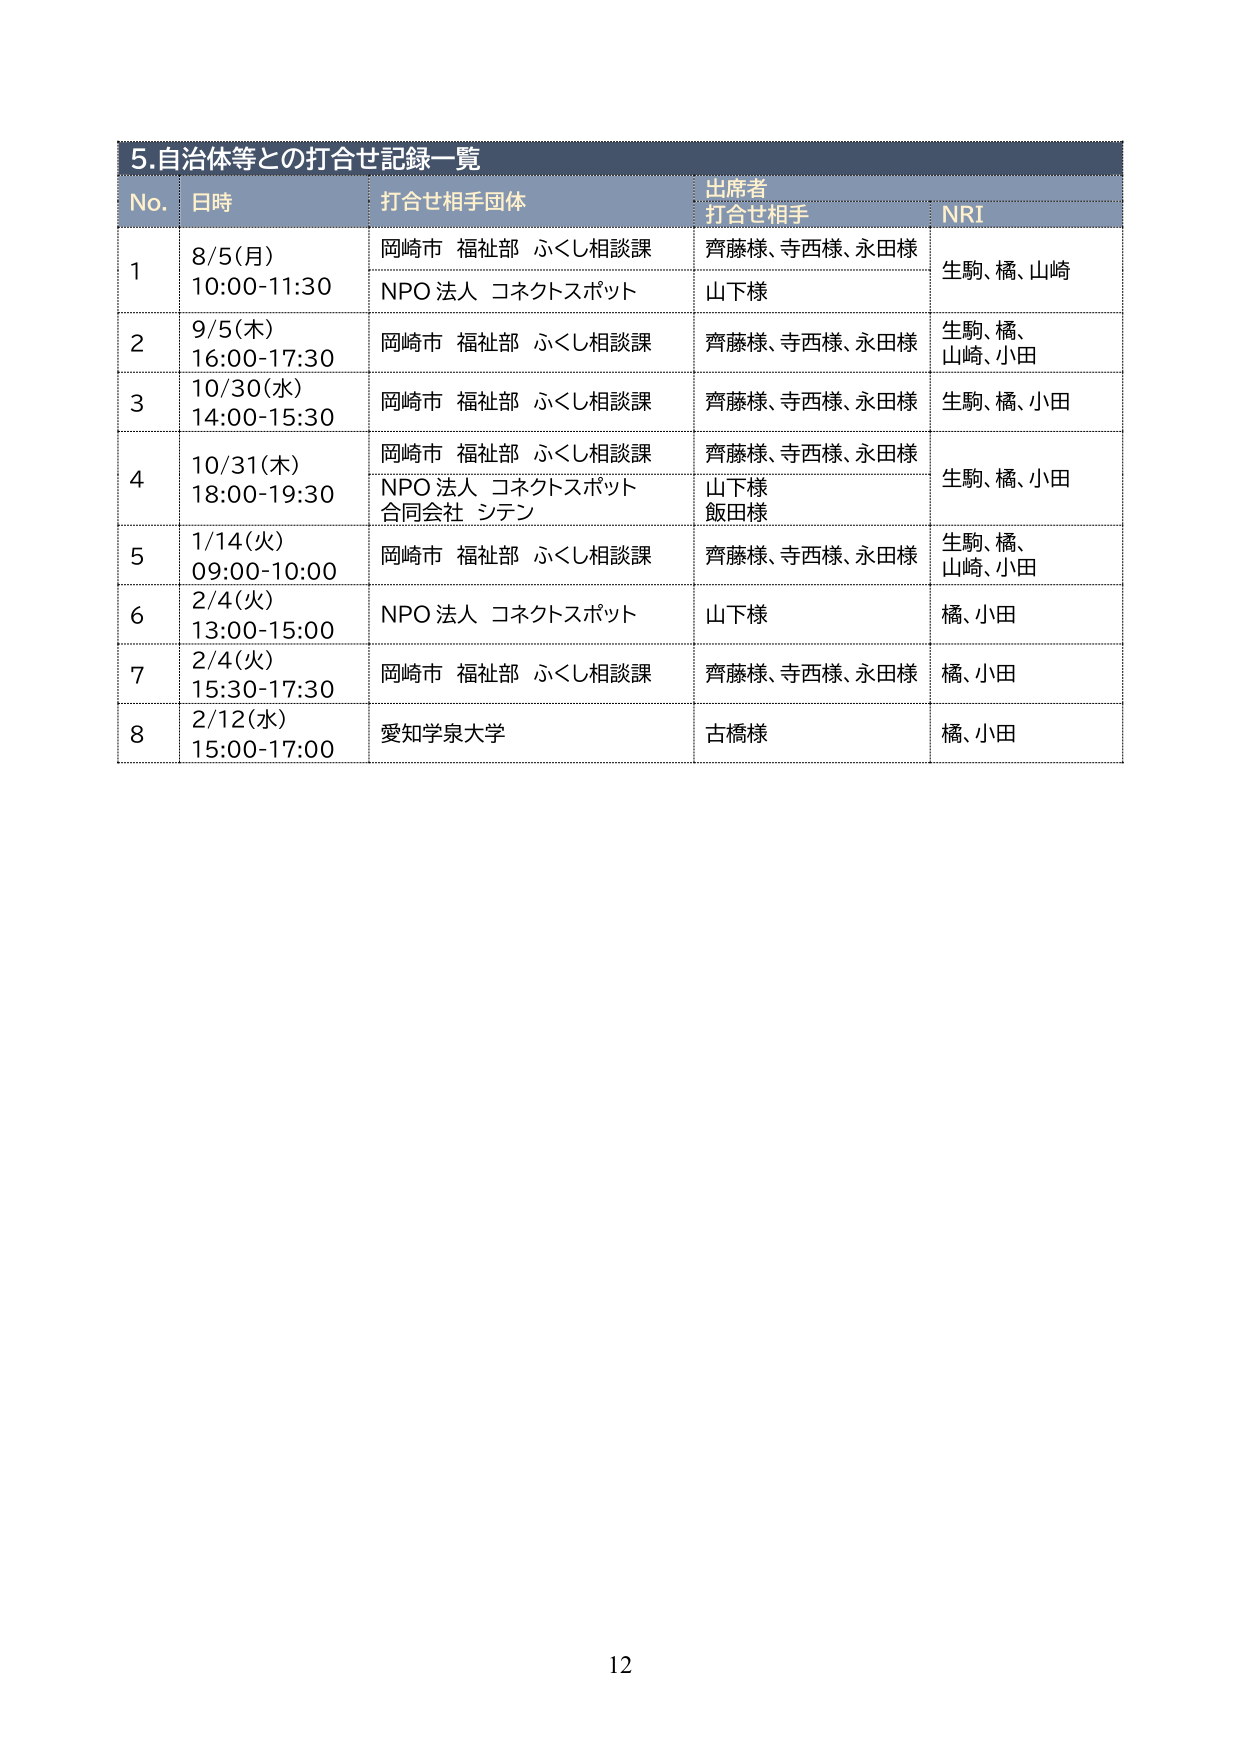
5.自治体等との打合せ記録一覧
No. 日時 打合せ相手団体 出席者
打合せ相手 NRI
1 8/5(月) 岡崎市 福祉部 ふくし相談課 齊藤様、寺西様、永田様 生駒、橘、山崎
10:00-11:30 NPO 法人 コネクトスポット 山下様
2 9/5(木) 岡崎市 福祉部 ふくし相談課 齊藤様、寺西様、永田様 生駒、橘、
16:00-17:30 山崎、小田
3 10/30(水) 岡崎市 福祉部 ふくし相談課 齊藤様、寺西様、永田様 生駒、橘、小田
14:00-15:30
4 10/31(木) 岡崎市 福祉部 ふくし相談課 齊藤様、寺西様、永田様 生駒、橘、小田
18:00-19:30 NPO 法人 コネクトスポット 山下様
合同会社 シテン 飯田様
5 1/14(火) 岡崎市 福祉部 ふくし相談課 齊藤様、寺西様、永田様 生駒、橘、
09:00-10:00 山崎、小田
6 2/4(火) NPO 法人 コネクトスポット 山下様 橘、小田
13:00-15:00
7 2/4(火) 岡崎市 福祉部 ふくし相談課 齊藤様、寺西様、永田様 橘、小田
15:30-17:30
8 2/12(水) 愛知学泉大学 古橋様 橘、小田
15:00-17:00
12